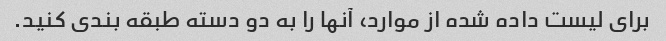
برای لیست داده شده از موارد، آنها را به دو دسته طبقه بندی کنید.